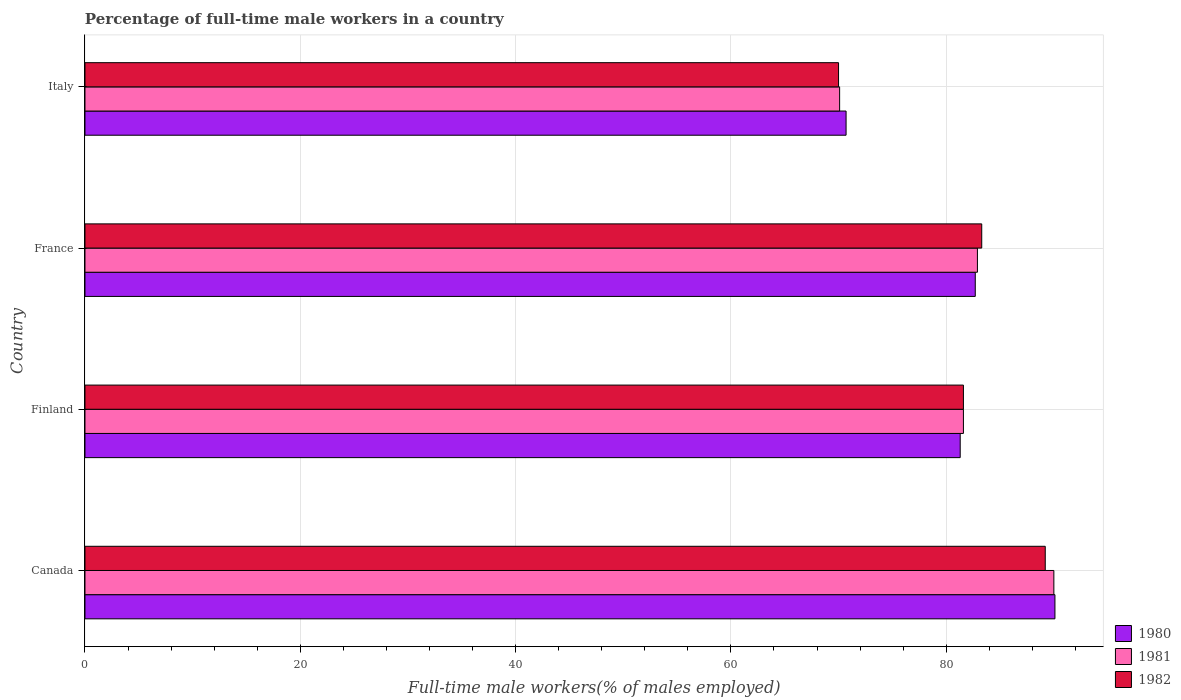
| Country | 1980 | 1981 | 1982 |
 | --- | --- | --- | --- |
 | Canada | 90.1 | 90 | 89.2 |
 | Finland | 81.3 | 81.6 | 81.6 |
 | France | 82.7 | 82.9 | 83.3 |
 | Italy | 70.7 | 70.1 | 70 |